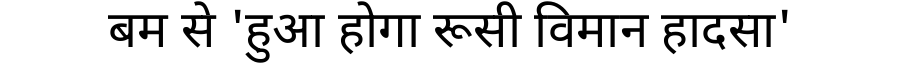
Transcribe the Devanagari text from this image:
बम से 'हुआ होगा रूसी विमान हादसा'